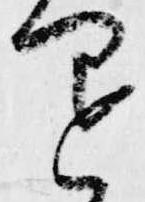
退